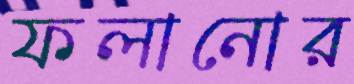
ফলানোর